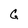
Character: G